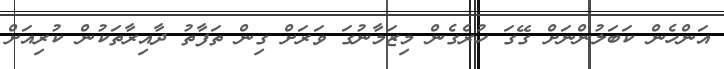
އަންހެން ކަބަލުންނަށް ގޭގަ ހުރެގެން މިޒަމާނުގަ ވަރަށް ގިން ތަފާތު ދާއިރާތަކުން ކުރިއަށް